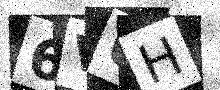
Text: 6VUH